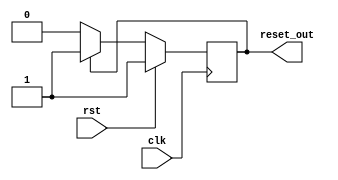
module MemoryBlocksSynchronousResetDetector (
    input wire clk,           // Clock signal
    input wire rst,           // Synchronous reset signal
    output reg reset_out      // Reset output signal
);

// Synchronous reset detection
always @(posedge clk) begin
    if (rst) begin
        reset_out <= 1'b1;    // Assert reset output on reset signal
    end else if (reset_out) begin
        reset_out <= 1'b1;    // Hold reset output high until next clock cycle
    end else begin
        reset_out <= 1'b0;    // Deassert reset output when reset signal is low
    end
end

endmodule